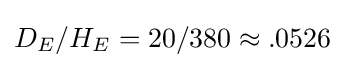
D_{E}/H_{E}=20/380\approx .0526